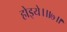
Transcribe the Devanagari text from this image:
होइये।॥७॥